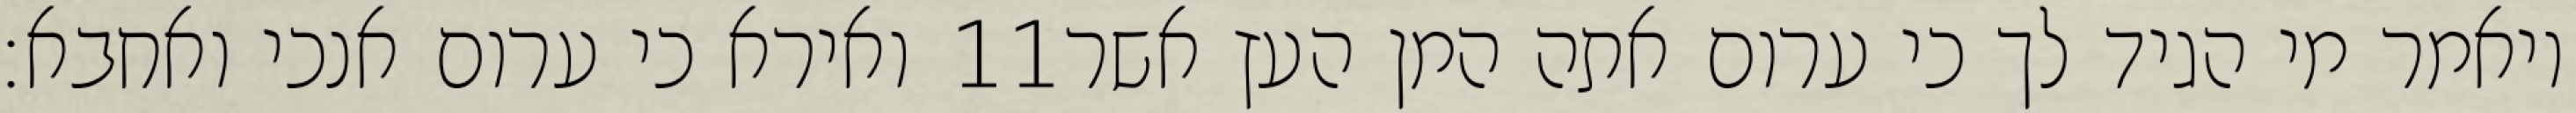
ואירא כי ערום אנכי ואחבא׃ ‎11‏ ויאמר מי הגיד לך כי ערום אתה המן העץ אשר